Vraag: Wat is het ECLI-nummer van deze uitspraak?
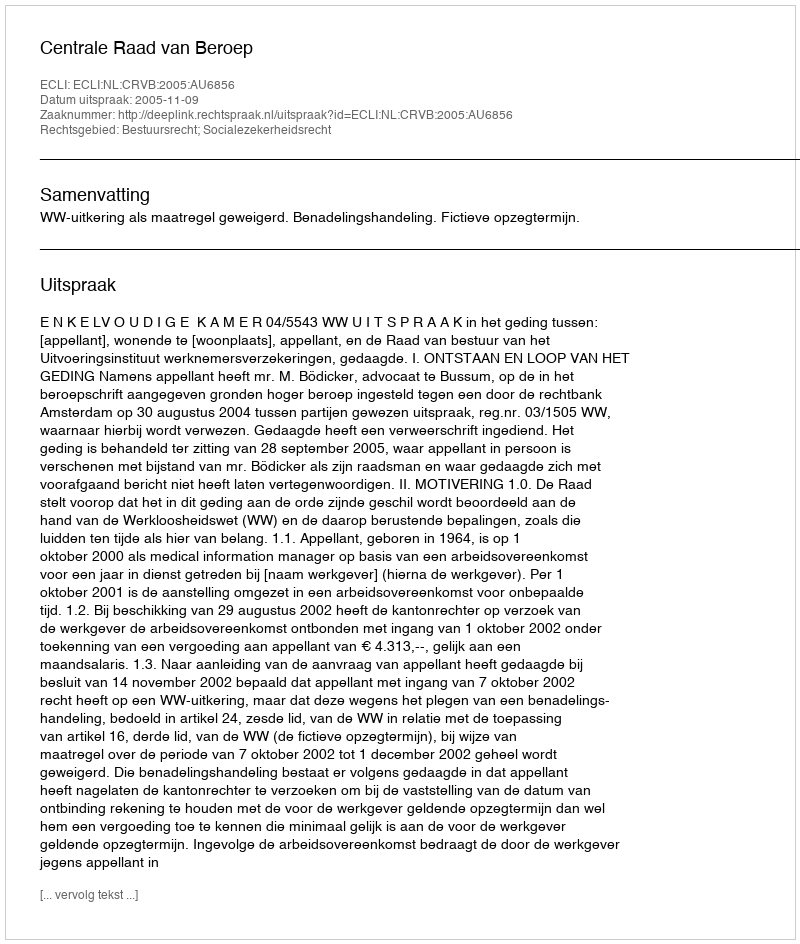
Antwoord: ECLI:NL:CRVB:2005:AU6856